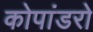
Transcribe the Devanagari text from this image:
कोपांडरो